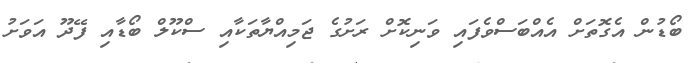
ބޯޑުން އެގޮތަށް އެއްބަސްވެފައި ވަނިކޮށް ރަށުގެ ޖަމިއްޔާތަކާއި ސްކޫލް ބޯޑާއި ފޭދޫ އަވަށު